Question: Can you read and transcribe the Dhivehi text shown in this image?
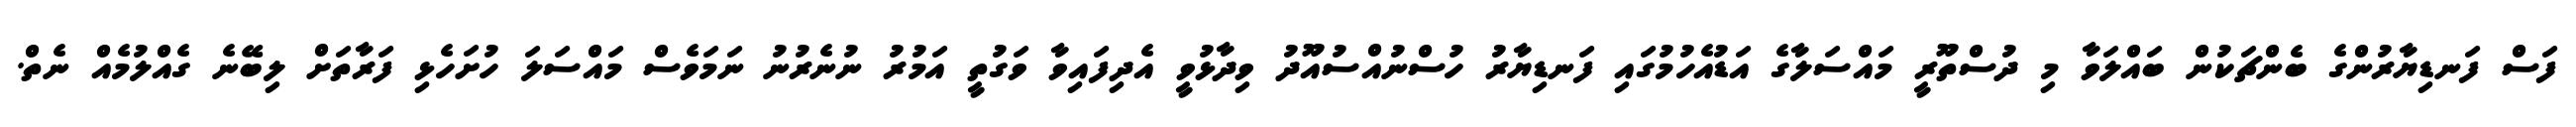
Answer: ފަސް ފަނޑިޔާރުންގެ ބެންޗަކުން ބައްލަވާ މި ދުސްތޫރީ މައްސަލާގެ އަޑުއެހުމުގައި ފަނޑިޔާރު ހުސްނުއްސުއޫދު ވިދާޅުވީ އެދިފައިވާ ވަގުތީ އަމުރު ނުނެރުނު ނަމަވެސް މައްސަލަ ހުށަހެޅި ފަރާތަށް ލިބޭނެ ގެއްލުމެއް ނެތް.